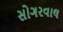
સોગરવાલ